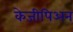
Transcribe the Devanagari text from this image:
केजीपिअन्